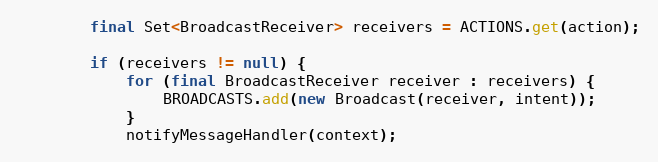
Language: Java
		final Set<BroadcastReceiver> receivers = ACTIONS.get(action);

		if (receivers != null) {
			for (final BroadcastReceiver receiver : receivers) {
				BROADCASTS.add(new Broadcast(receiver, intent));
			}
			notifyMessageHandler(context);